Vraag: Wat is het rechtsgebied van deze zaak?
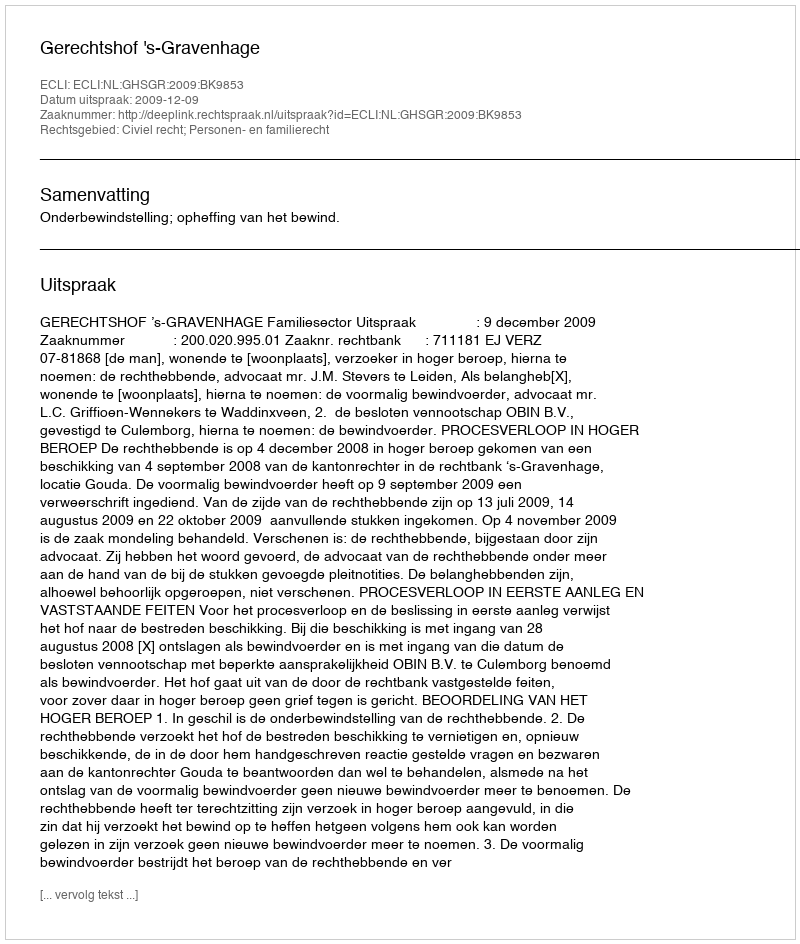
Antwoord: Civiel recht; Personen- en familierecht